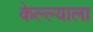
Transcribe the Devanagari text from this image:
केल्ल्याला